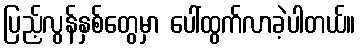
ပြည့်လွန်နှစ်တွေမှာ ပေါ်ထွက်လာခဲ့ပါတယ်။